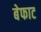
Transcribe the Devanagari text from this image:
बेफाट